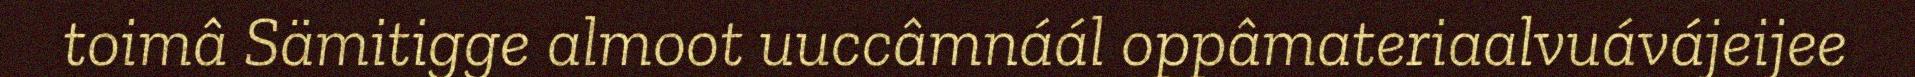
toimâ Sämitigge almoot uuccâmnáál oppâmateriaalvuávájeijee